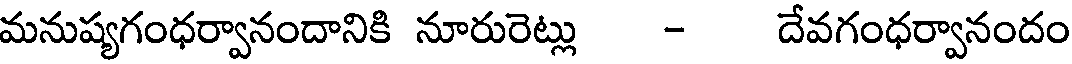
మనుష్యగంధర్వానందానికి నూరురెట్లు - దేవగంధర్వానందం